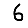
Digit: 6